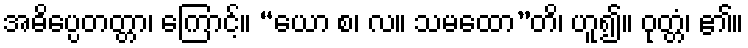
အဓိပ္ပေတတ္တာ၊ ကြောင့်။ “ယော စ၊ လ။ သမထော”တိ၊ ဟူ၍။ ဝုတ္တံ၊ ၏။